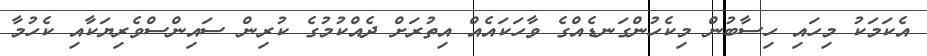
އެކަމަކު މިހައި ހިސާބުން މިކެހުންގަނޑެއްގެ ވާހަކައެއް އިތުރަށް ދެއްކުމުގެ ކުރިން ސައިންސްވެރިޔަކާއި ކެހުމާ